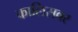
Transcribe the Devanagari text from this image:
कालिसवर